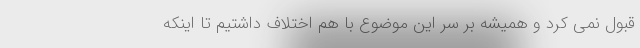
قبول نمی کرد و همیشه بر سر این موضوع با هم اختلاف داشتیم تا اینکه